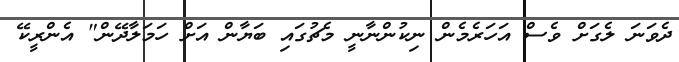
ދެވަނަ ލެގަށް ވެސް އަހަރެމެން ނިކުންނާނީ މެޗުގައި ބަޔާން އަށް ހަމަލާދޭން" އެންރީކޭ